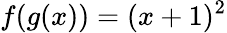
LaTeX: f(g(x))=(x+1)^{2}